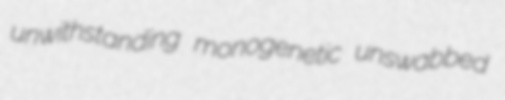
unwithstanding monogenetic unswabbed